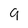
Character: 9